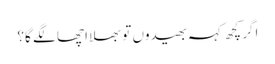
اگر کچھ کہہ بھیدوں تو بھلا اچھا لگے گا؟